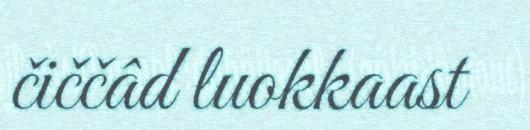
čiččâd luokkaast